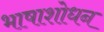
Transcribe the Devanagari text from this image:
भाषाशोधन